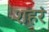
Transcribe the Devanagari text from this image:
शहरं